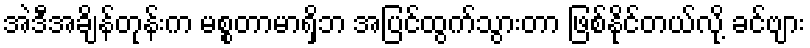
အဲဒီအချိန်တုန်းက မစ္စတာမာရှိဘ အပြင်ထွက်သွားတာ ဖြစ်နိုင်တယ်လို့ ခင်ဗျား